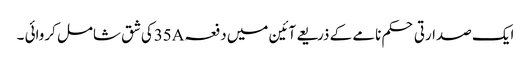
ایک صدارتی حکم نامے کے ذریعے آئین میں دفعہ35Aکی شق شامل کروائی ۔